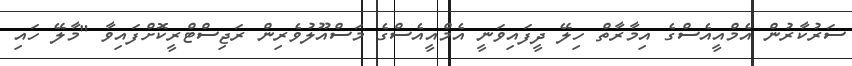
ސަރުކާރުން އެމްއީއެސްގެ އިމާރާތް ހިލޭ ދީފައިވަނީ އެމްއީއެސްގެ މަސްއޫލުވެރިން ރަޖިސްޓްރީކޮށްފައިވާ "މާލޭ ހައި